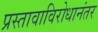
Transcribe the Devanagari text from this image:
प्रस्तावाविरोधानंतर